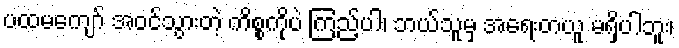
ပထမကျော် အဝင်သွားတဲ့ ကိစ္စကိုပဲ ကြည့်ပါ၊ ဘယ်သူမှ အရေးတယူ မရှိပါဘူး၊